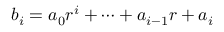
b _ { i } = a _ { 0 } r ^ { i } + \cdots + a _ { i - 1 } r + a _ { i }